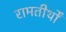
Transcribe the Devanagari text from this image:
रामतीर्थों